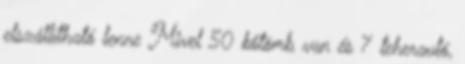
elszállítható lenne Mivel 50 kőtömb van és 7 teherautó,